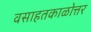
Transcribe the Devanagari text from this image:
वसाहतकाळोत्तर